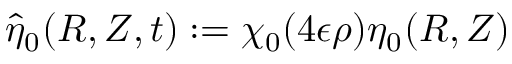
\hat { \eta } _ { 0 } ( R , Z , t ) : = \chi _ { 0 } ( 4 \epsilon \rho ) \eta _ { 0 } ( R , Z )